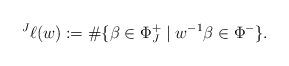
LaTeX: \begin{align*}\prescript J{}\ell(w) :=\#\{\beta\in \Phi^+_J\mid w^{-1}\beta \in \Phi^-\}.\end{align*}